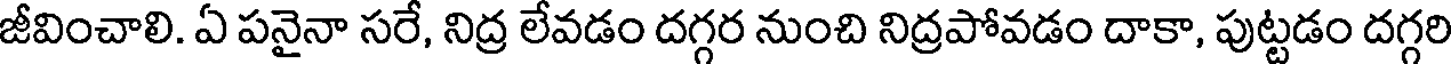
జీవించాలి. ఏ పనైనా సరే, నిద్ర లేవడం దగ్గర నుంచి నిద్రపోవడం దాకా, పుట్టడం దగ్గరి